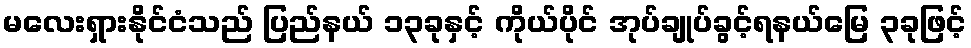
မလေးရှားနိုင်ငံသည် ပြည်နယ် ၁၃ခုနှင့် ကိုယ်ပိုင် အုပ်ချုပ်ခွင့်ရနယ်မြေ ၃ခုဖြင့်